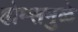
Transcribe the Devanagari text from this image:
होम्समुळे